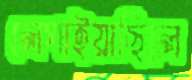
লেপাইয়াছিলে